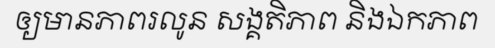
ឲ្យមានភាពរលូន សង្គតិភាព និងឯកភាព